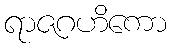
ရာဇဂဟိကော